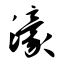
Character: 濠